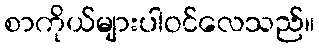
စာကိုယ်များပါဝင်လေသည်။